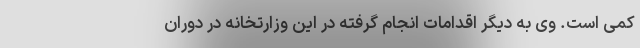
کمی است. وی به دیگر اقدامات انجام گرفته در این وزارتخانه در دوران